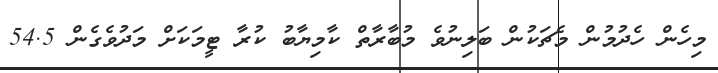
މިހެން ހެދުމުން މެޗަކުން ބަލިނުވެ މުބާރާތް ކާމިޔާބު ކުރާ ޓީމަކަށް މަދުވެގެން 54.5